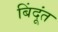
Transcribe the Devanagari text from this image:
बिंदूंत